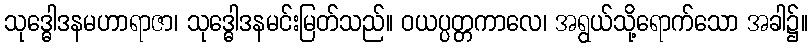
သုဒ္ဓေါဒနမဟာရာဇာ၊ သုဒ္ဓေါဒနမင်းမြတ်သည်။ ဝယပ္ပတ္တကာလေ၊ အရွယ်သို့ရောက်သော အခါ၌။